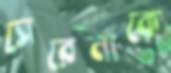
সেরেনাকে